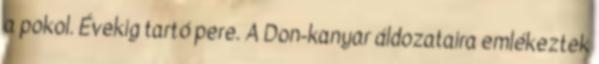
a pokol. Évekig tartó pere. A Don-kanyar áldozataira emlékeztek